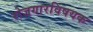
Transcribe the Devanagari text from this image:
रोजगारविषयक